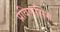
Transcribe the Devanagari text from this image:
प्रविणसिंग